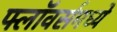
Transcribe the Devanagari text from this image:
फ्लॉवर्समध्ये